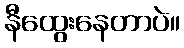
နီထွေးနေတာပဲ။